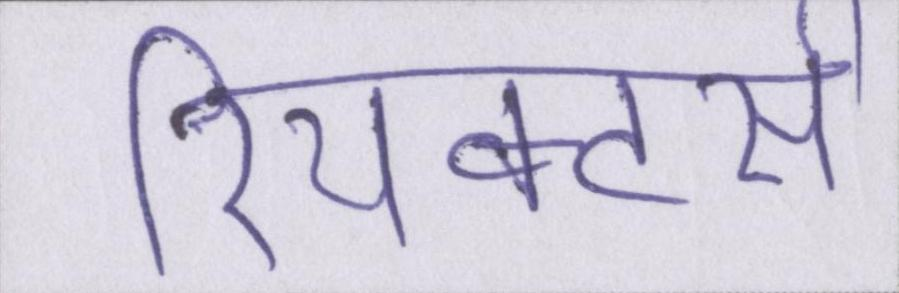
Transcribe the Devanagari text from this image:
रियक्टर्स